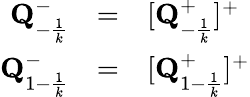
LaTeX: \begin{array}{rcl}{{{\mathbf{Q}}_{-{\frac{1}{k}}}^{-}}}&{{=}}&{{[{\mathbf{Q}}_{-{\frac{1}{k}}}^{+}]^{+}}}\\ {{{\mathbf{Q}}_{1-{\frac{1}{k}}}^{-}}}&{{=}}&{{[{\mathbf{Q}}_{1-{\frac{1}{k}}}^{+}]^{+}}}\end{array}